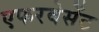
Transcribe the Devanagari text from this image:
एफरवेसेंट